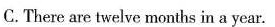
C. There are twelve months in a year.